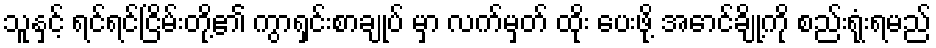
သူနှင့် ရင်ရင်ငြိမ်းတို့၏ ကွာရှင်းစာချုပ် မှာ လက်မှတ် ထိုး ပေးဖို့ အောင်ချို့ကို စည်းရုံးရမည်